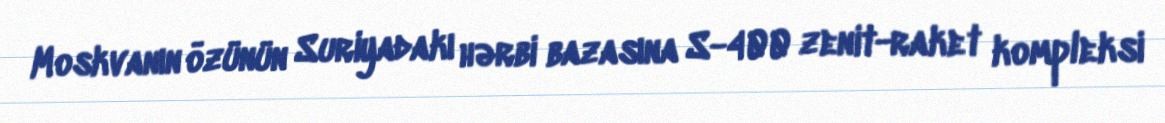
Moskvanın özünün Suriyadakı hərbi bazasına S-400 zenit-raket kompleksi